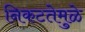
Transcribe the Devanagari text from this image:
निकटतेमुळे